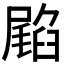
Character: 𭕳